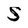
Character: S